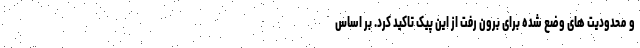
و محدودیت های وضع شده برای برون رفت از این پیک تاکید کرد. بر اساس